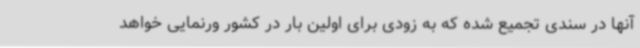
آنها در سندی تجمیع شده که به زودی برای اولین بار در کشور ورنمایی خواهد